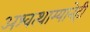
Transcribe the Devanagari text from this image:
अश्वत्थाम्यानेही